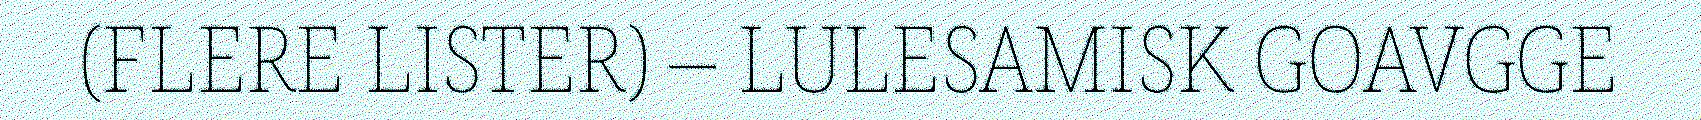
(FLERE LISTER) – LULESAMISK GOAVGGE